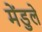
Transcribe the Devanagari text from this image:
मेंडुले